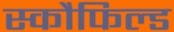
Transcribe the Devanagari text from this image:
स्कौफिल्ड